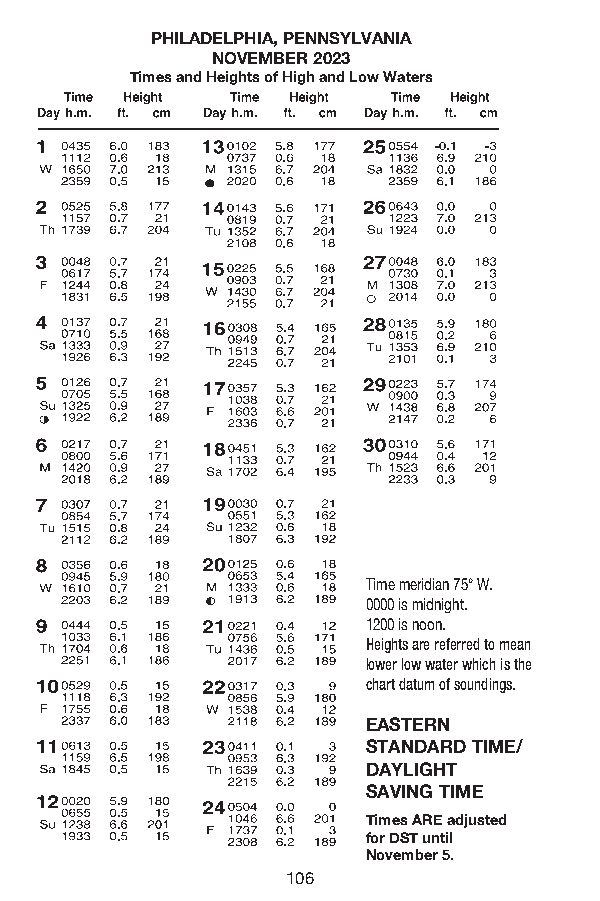
PHILADELPNHIOA,T PEENSNSYLVANIA
 NOVEMBER 2023
 Times and Heights of High and Low Waters
 TTiimmee mmeerriiddiiaann 7755°° WW..
 00000000 iiss mmiiddnniigghhtt..
 11220000 iiss nnoooonn..
 HHeeiigghhttss aarree rreeffeerrrreedd ttoo mmeeaann
 lloowweerr llooww wwaatteerr wwhhiicchh iiss tthhee
 cchhaarrtt ddaattuumm ooff ssoouunnddiinnggss..
 EEAASSTTEERRNN
 SSTTAANNDDAARRDD TTIIMMEE//
 DDAAYYLLIIGGHHTT
 SSAAVVIINNGG TTIIMMEE
 TTiimmeess AARREE aaddjjuusstteedd
 ffoorr DDSSTT sutnatrilt i ng
 NMoavrcehm 1b2e.r 5 .
 106